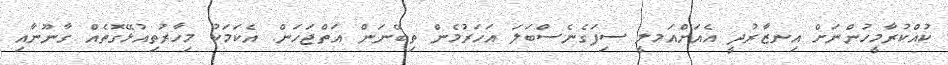
ކުއްކުރާމީހުންނަށް އިނޒާރުދީ އެއަށްއަމލީ ސިފަގެނެސްބަލަ އަހަރުމެން ތިބޭނަން އަތްޖަހަން. އެކަމަކު މިހާރުތިއުޅޭގޮތެއް ގާނޫނާއި